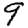
Digit: 9